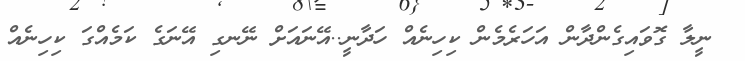
ނީލާ ގޮވައިގެންދާން އަހަރެމެން ކިހިނެއް ހަދާނީ..އޭނައަށް ނޭނގި އޭނަގެ ކަމެއްގަ ކިހިނެއް